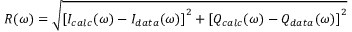
R ( \omega ) = \sqrt { \left[ I _ { c a l c } ( \omega ) - I _ { d a t a } ( \omega ) \right] ^ { 2 } + \left[ Q _ { c a l c } ( \omega ) - Q _ { d a t a } ( \omega ) \right] ^ { 2 } }